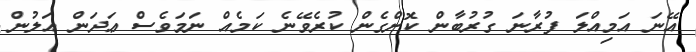
އޭނަ އަމިއްލަ ފުރާނަ ގުރުބާން ކޮށްގެން ކުރެވޭނެ ކަމެއް ނަމަވެސް ޢަދަން އަލުން